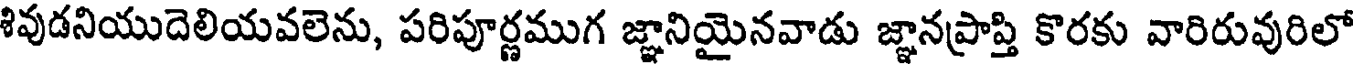
శివుడనియుదెలియవలెను, పరిపూర్ణముగ జ్ఞానియైనవాడు జ్ఞానప్రాప్తి కొరకు వారిరువురిలో